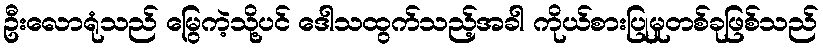
ဦးလောရုံသည် မြွေကဲ့သို့ပင် ဒေါသထွက်သည့်အခါ ကိုယ်စားပြုမှုတစ်ခုဖြစ်သည်